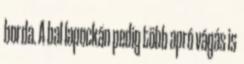
borda. A bal lapockán pedig több apró vágás is